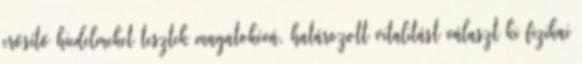
erősítő hiedelmeket tesztek magatokévá, határozott vitalitást választ ki fizikai